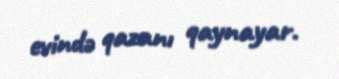
evində qazanı qaynayar.